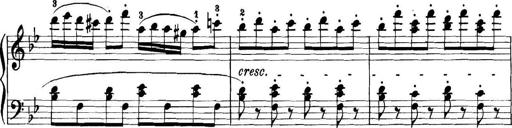
Title: 11 Sonatinas
Composer: Anton Diabelli